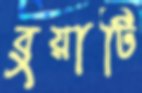
বুয়াটি